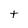
Character: t